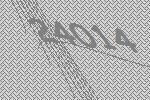
24014